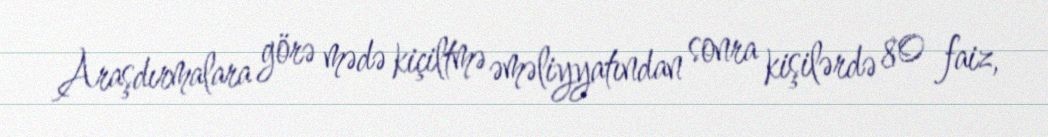
Araşdırmalara görə mədə kiçiltmə əməliyyatından sonra kişilərdə 80 faiz,